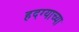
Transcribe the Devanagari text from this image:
हदग्याच्या